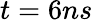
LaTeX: t=6ns